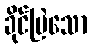
ခိုင်မြဲသော